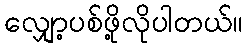
လျှော့ပစ်ဖို့လိုပါတယ်။